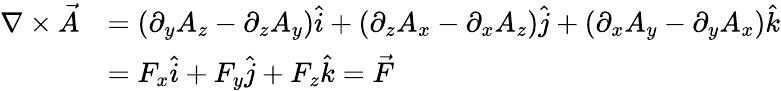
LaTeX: {\begin{array}{rl}{\nabla\times{\vec{A}}}&{=\left(\partial_{y}A_{z}-\partial_{z}A_{y}\right){\hat{i}}+\left(\partial_{z}A_{x}-\partial_{x}A_{z}\right){\hat{j}}+\left(\partial_{x}A_{y}-\partial_{y}A_{x}\right){\hat{k}}}\\ &{=F_{x}{\hat{i}}+F_{y}{\hat{j}}+F_{z}{\hat{k}}={\vec{F}}}\end{array}}